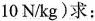
10N/kg)求：